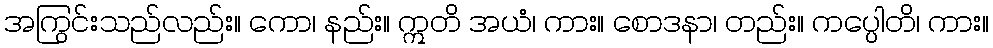
အကြွင်းသည်လည်း။ ကော၊ နည်း။ ဣတိ အယံ၊ ကား။ စောဒနာ၊ တည်း။ ကပ္ပေါတိ၊ ကား။